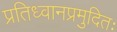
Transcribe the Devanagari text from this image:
प्रतिध्वानप्रमुदितः